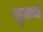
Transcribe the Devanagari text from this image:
द्ज्ज